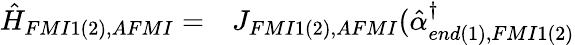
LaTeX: \begin{array}{ll}{\hat{H}_{FMI1(2),AFMI}=}&{J_{FMI1(2),AFMI}(\hat{\alpha}_{end(1),FMI1(2)}^{\dagger}}\end{array}